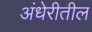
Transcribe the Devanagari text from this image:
अंधेरीतील